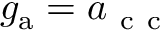
g _ { \mathrm { a } } = a _ { \mathrm { ~ c ~ c ~ } }